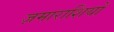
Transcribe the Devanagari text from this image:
ज़माराशियों